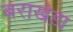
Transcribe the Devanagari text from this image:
बराखेड़ा